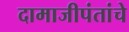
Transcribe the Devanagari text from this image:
दामाजीपंतांचे